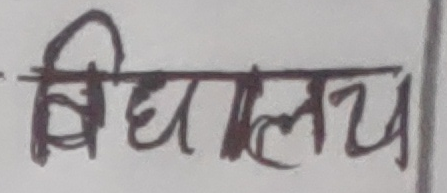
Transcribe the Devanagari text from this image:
विद्यालय